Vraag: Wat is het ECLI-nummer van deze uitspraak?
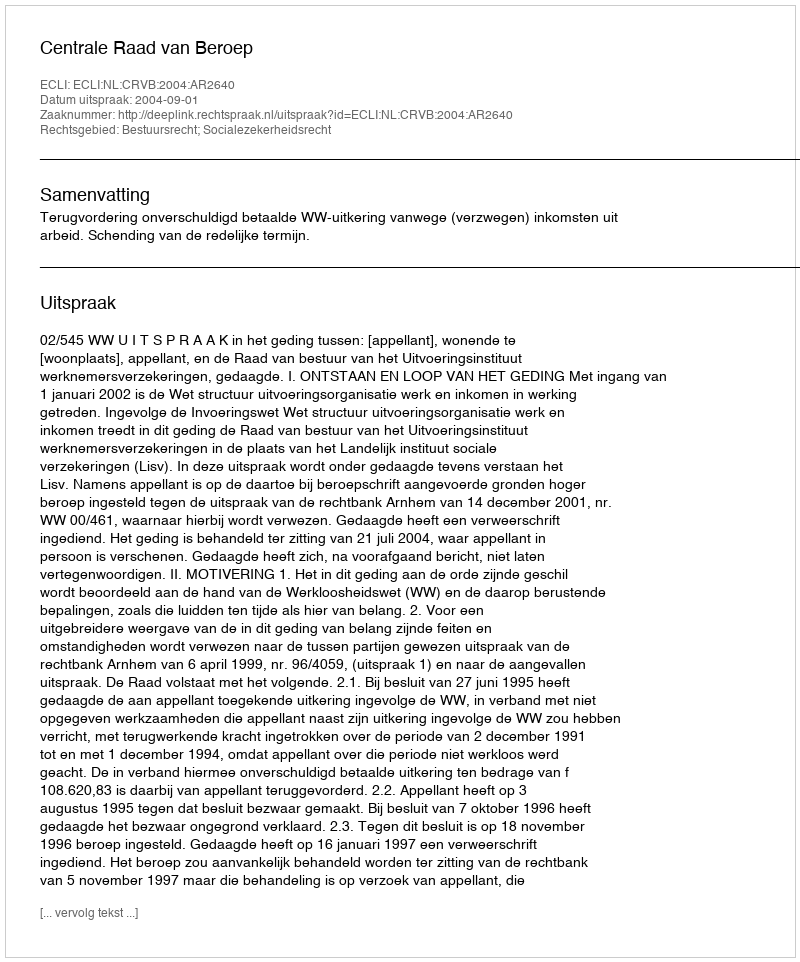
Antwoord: ECLI:NL:CRVB:2004:AR2640